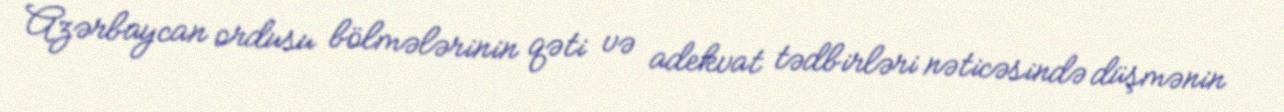
Azərbaycan ordusu bölmələrinin qəti və adekvat tədbirləri nəticəsində düşmənin